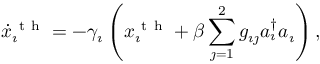
\dot { x } _ { \imath } ^ { \mathrm { ~ t ~ h ~ } } = - \gamma _ { \imath } \left( x _ { \imath } ^ { \mathrm { ~ t ~ h ~ } } + \beta \sum _ { \jmath = 1 } ^ { 2 } g _ { \imath \jmath } a _ { \imath } ^ { \dagger } a _ { \imath } \right) ,